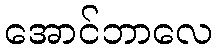
အောင်ဘာလေ